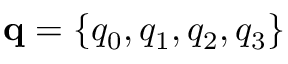
\mathbf { q } = \{ q _ { 0 } , q _ { 1 } , q _ { 2 } , q _ { 3 } \}